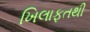
ખિલાફતથી